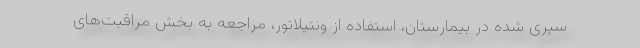
سپری شده در بیمارستان، استفاده از ونتیلاتور، مراجعه به بخش مراقبت‌های